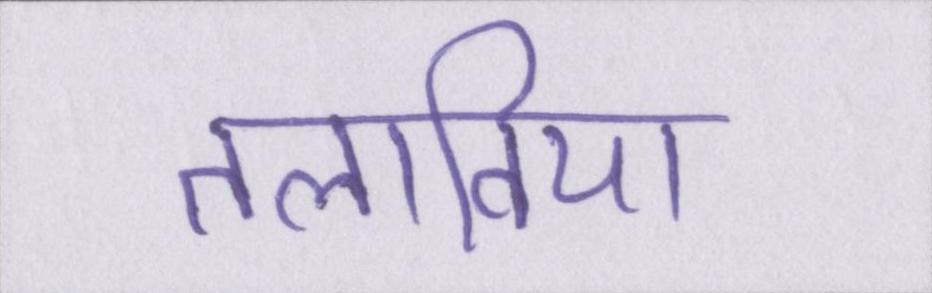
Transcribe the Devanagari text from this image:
तलाविया